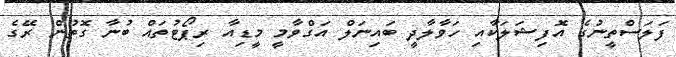
ފަލަސްތީނުގެ އޮފިޝަލަކާއި ހަވާލާދީ ބައިނަލް އަގްވާމީ މީޑިއާ ރިޕޯޓުތައް ބުނާ ގޮތުން ރޭގެ